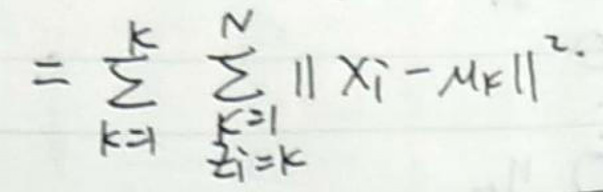
\(I = \frac{k}{N} \sum_{k = 1}^{N} \sum_{\substack{i = 1 \\ i \neq k}}^{N} \| x_i - x_k \|^2.\)